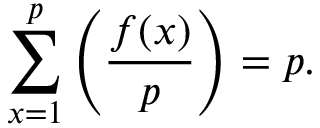
\sum _ { x = 1 } ^ { p } \left( { \frac { f ( x ) } { p } } \right) = p .